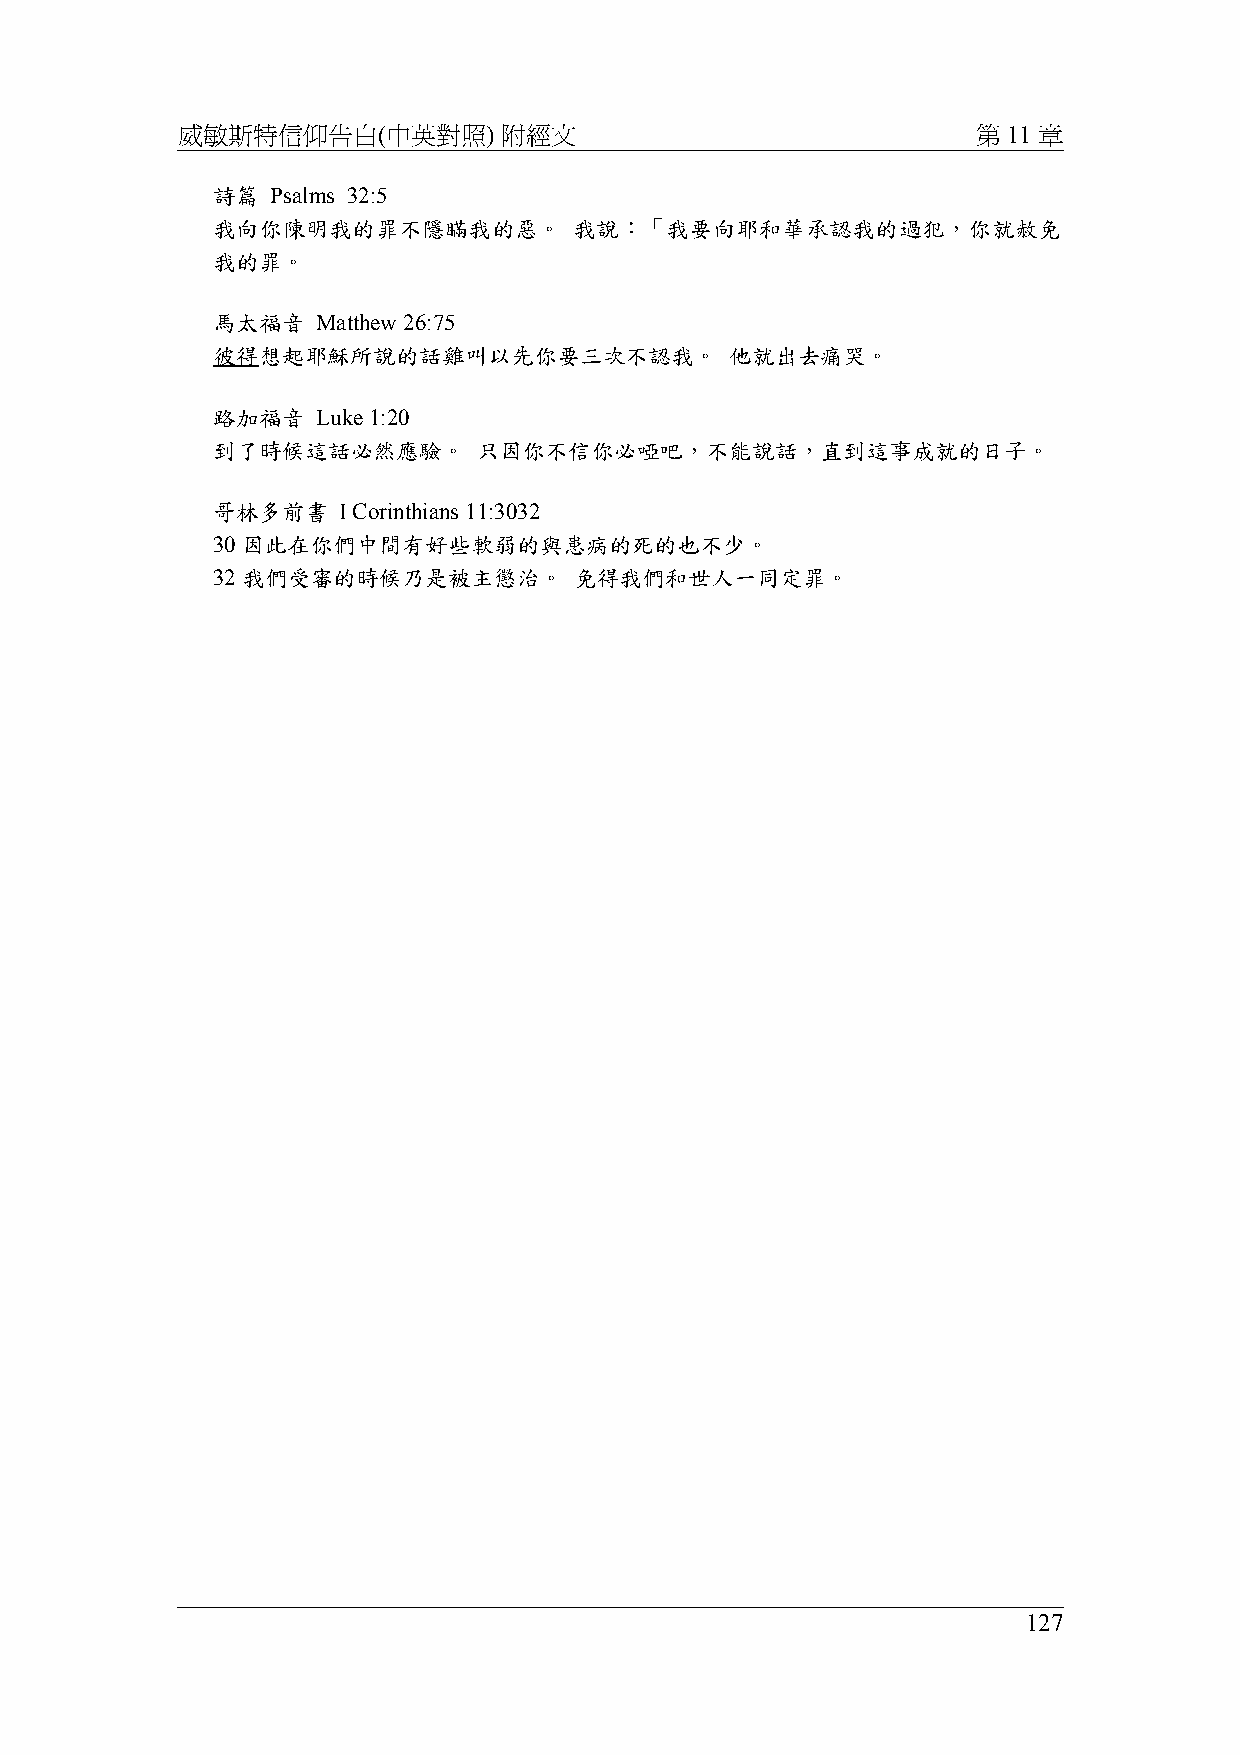
威敏斯特信仰告白(中英對照)       附經文                             第 11 章
 詩篇  Psalms 32:5
 我向你陳明我的罪不隱瞞我的惡。         我說：「我要向耶和華承認我的過犯，你就赦免
 我的罪。
 馬太福音   Matthew 26:75
 彼得想起耶穌所說的話雞叫以先你要三次不認我。            他就出去痛哭。
 路加福音   Luke 1:20
 到了時候這話必然應驗。       只因你不信你必啞吧，不能說話，直到這事成就的日子。
 哥林多前書   I Corinthians 11:3032
 30 因此在你們中間有好些軟弱的與患病的死的也不少。
 32 我們受審的時候乃是被主懲治。       免得我們和世人一同定罪。
 127